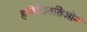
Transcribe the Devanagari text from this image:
हबिलिततिओन